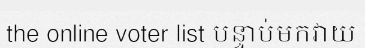
the online voter list បន្ទាប់មកវាយ